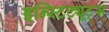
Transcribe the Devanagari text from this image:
इन्स्टिट्यूट्‌स